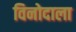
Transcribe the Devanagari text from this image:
विनोदाला